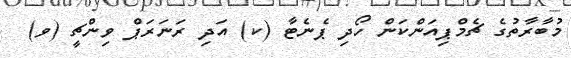
މުބާރާތުގެ ޗެމްޕިއަންކަން ހޯދި ޕެނެޓާ (ކ) އަދި ރަނަރަޕް ވިންޗީ (ވ)